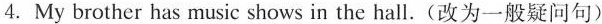
4.My brother has music shows in the hall.(改为一般疑问句)